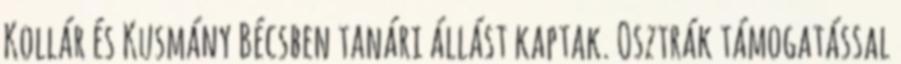
Kollár és Kusmány Bécsben tanári állást kaptak. Osztrák támogatással